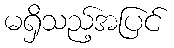
မရှိသည့်အပြင်